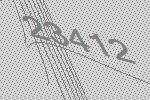
23412